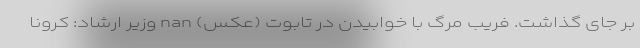
بر جای گذاشت. فریب مرگ با خوابیدن در تابوت (عکس) nan وزیر ارشاد: کرونا